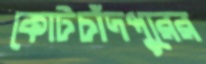
কোটচাঁদপুরের